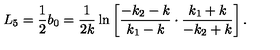
L _ { 5 } = \frac { 1 } { 2 } b _ { 0 } = \frac { 1 } { 2 k } \ln \left[ \frac { - k _ { 2 } - k } { k _ { 1 } - k } \cdot \frac { k _ { 1 } + k } { - k _ { 2 } + k } \right] .